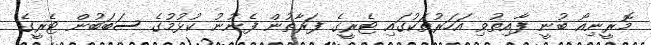
މޮރީނިއޯ ބުނީ ފާއިތުވި އަހަރުތަކުގައި ޓެރީގެ ފަރާތުން ފެނުނު ކުޅުމުގެ ސަބަބުން ޓެރީގެ